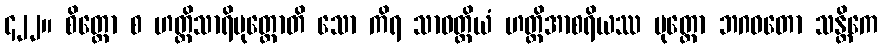
၄၂၂။ စိတ္တော စ ဟတ္ထိသာရိပုတ္တောတိ သော ကိရ သာဝတ္ထိယံ ဟတ္ထိအာစရိယဿ ပုတ္တော ဘဂဝတော သန္တိကေ